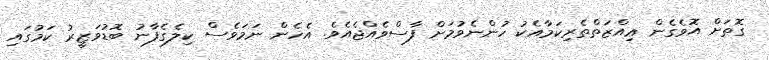
ގޮތަށް އޮވެގެން ޢިއްޒަތްތެރިކަމާއެކު ހުންނެވުމަށް ފާސްވެއްޖެއެވެ. އެހެން ނަމަވެސް ކިލެގެފާނު ބޮޑުވަޒީރު ކަމުގައި